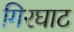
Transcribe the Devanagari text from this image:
गिरघाट